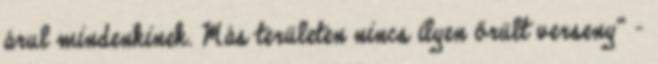
árul mindenkinek. Más területen nincs ilyen őrült verseny” –